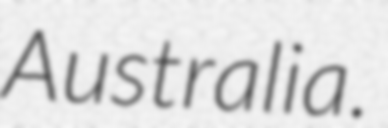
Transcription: Australia.